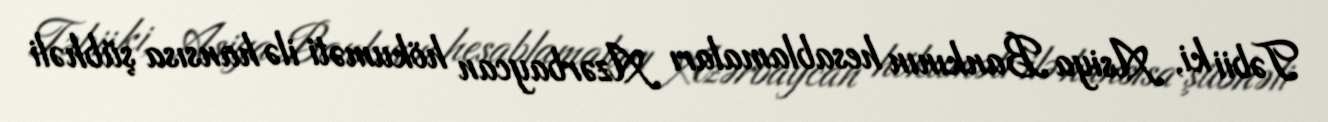
Təbii ki, Asiya Bankının hesablamaları Azərbaycan hökuməti ilə hansısa şübhəli